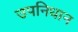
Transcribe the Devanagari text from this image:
उपनिधान